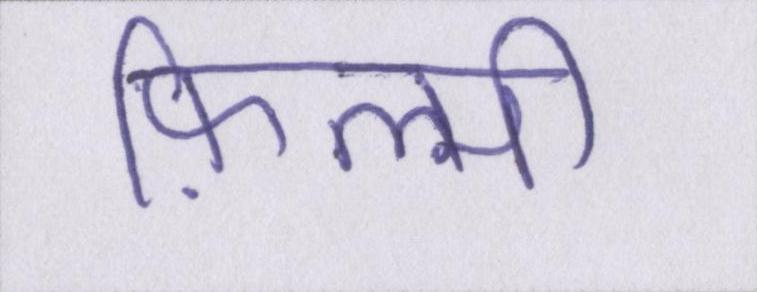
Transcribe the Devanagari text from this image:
फ़िल्मी